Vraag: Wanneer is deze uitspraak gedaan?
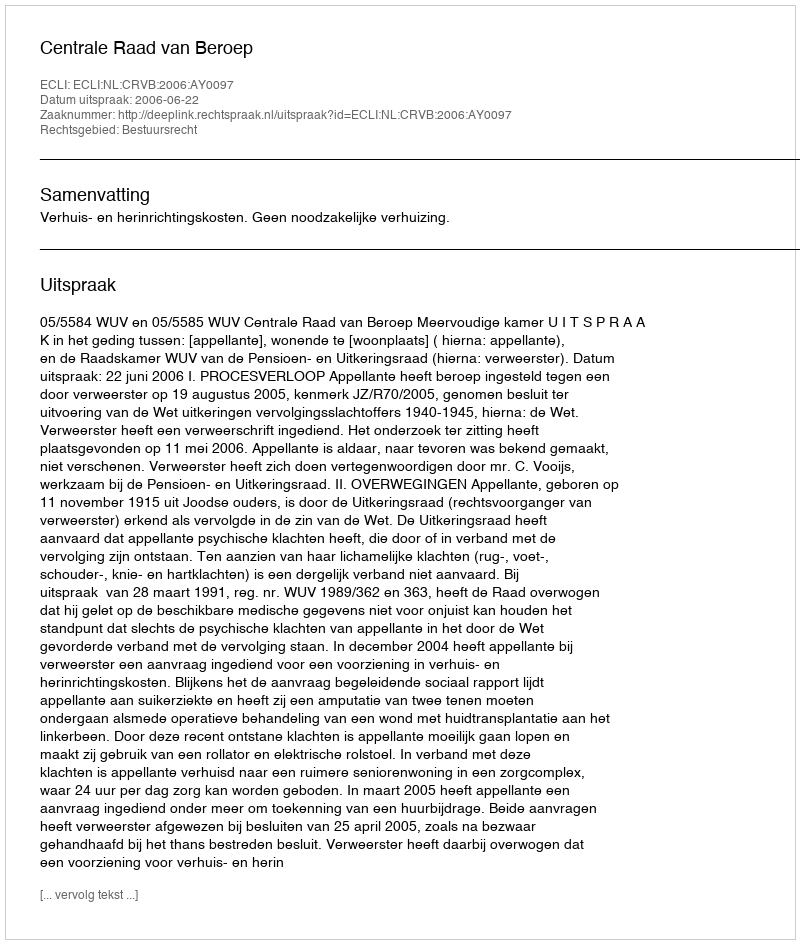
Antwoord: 2006-06-22